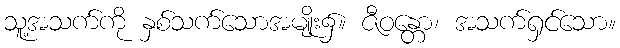
သူ့အသက်ကို နှစ်သက်သောအမျိုး၌။ ဇီဝန္တော၊ အသက်ရှင်သော။